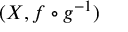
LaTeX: ( X , f \circ g ^ { - 1 } )